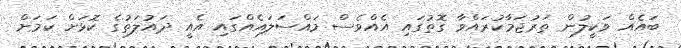
ބައެއް ވަކީލުން ތަރުޖަމާކުރައްވާ ގޮތުގައި އެއްވެސް މައްސަލައެއްގައި އެއީ ދައުލަތުގެ ކޮޅަށް ކަމަށް